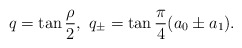
\begin{align*}q=\tan\frac{\rho}{2}, \ q_\pm = \tan\frac{\pi}{4}(a_0\pm a_1).\end{align*}